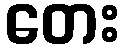
တေး